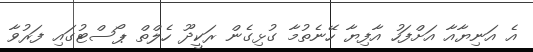
އެ އަނިޔާއާ އަށްފަހު އާފިޔާ ހޭނެތުމާ ގުޅިގެން ރަކީދޫ ހެލްތް ޕޯސްޓުގައި ފަރުވާ